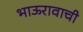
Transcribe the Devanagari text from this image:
भाऊरावाची